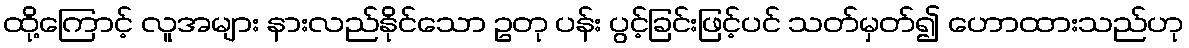
ထို့ကြောင့် လူအများ နားလည်နိုင်သော ဥတု ပန်း ပွင့်ခြင်းဖြင့်ပင် သတ်မှတ်၍ ဟောထားသည်ဟု